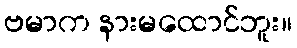
ဗမာက နားမထောင်ဘူး။